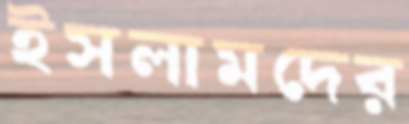
ইসলামদের